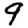
Digit: 9